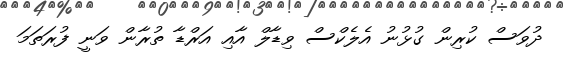
ދުވަސް ކުރިން ގުޅުނު އެލެކްސް ވިޑާލް އާއި އަރްޑާ ތުރާން ވަނީ ފުރަތަމަ